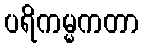
ပရိကမ္မကတာ